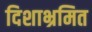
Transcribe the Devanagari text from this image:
दिशाभ्रमित